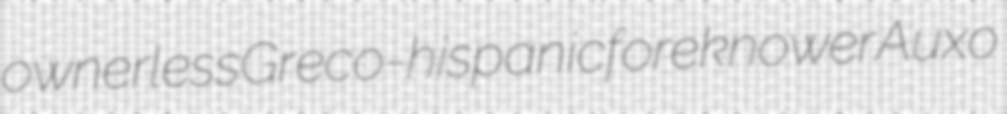
ownerless Greco-hispanic foreknower Auxo